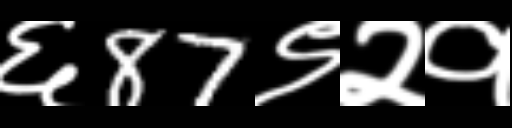
Text: ६87९२१